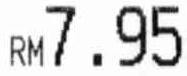
RM7.95